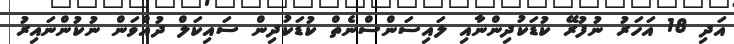
އަދި 18 އަހަރު ނުފުރޭ ކުޑަކުދިންނާއި ލައިސަންސްނެތް ކުޑަކުދިން ސައިކަލް ދުއްވަން ނުކުންނައިރު